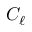
C _ { \ell }